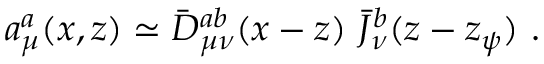
a _ { \mu } ^ { a } ( x , z ) \simeq \bar { D } _ { \mu \nu } ^ { a b } ( x - z ) ~ \bar { J } _ { \nu } ^ { b } ( z - z _ { \psi } ) ~ .